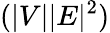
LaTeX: (|V||E|^{2})